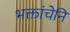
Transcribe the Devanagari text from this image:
भक्तांचेनि